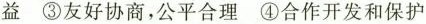
益 ③友好协商，公平合理 ④合作开发和保护